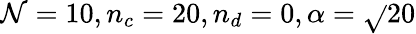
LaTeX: \mathcal{N}=10,n_{c}=20,n_{d}=0,\alpha=\sqrt{}{{20}}